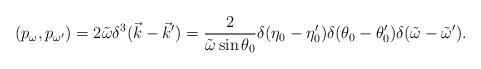
LaTeX: \begin{align*}(p_\omega, p_{\omega'}) = 2 \tilde{\omega} \delta^3(\vec{k} - \vec{k}') =\frac{2}{\tilde{\omega} \sin \theta_0} \delta(\eta_0 - \eta_0') \delta(\theta_0 - \theta_0') \delta(\tilde{\omega} - \tilde{\omega}').\end{align*}